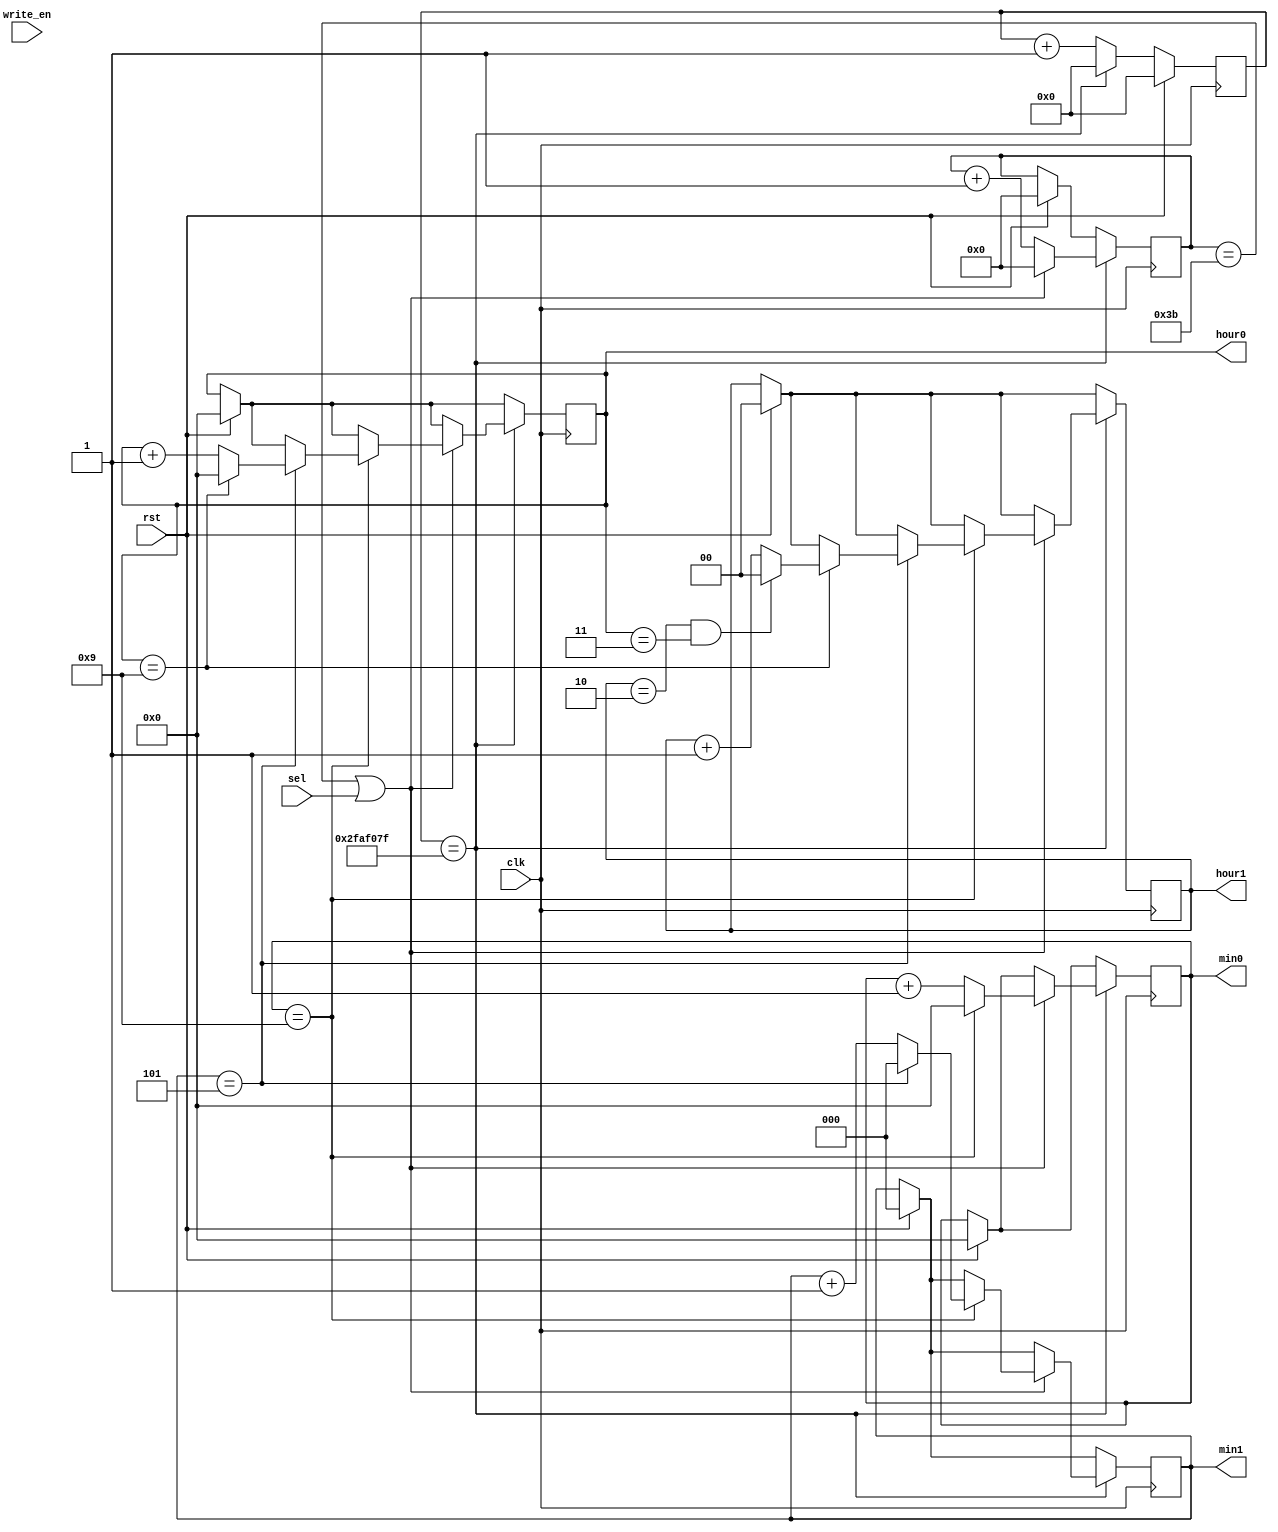
`timescale 1ns / 1ps
//`include "xdefs.vh"


// 1 clock = 20ns
// 1 second = 50000000 clocks

module timer(
        input rst,
        input clk,
        //display interface
        output reg [1:0] hour1,
        output reg [3:0] hour0,
        output reg [2:0] min1,
        output reg [3:0] min0,
       //cpu interface
        input sel,
       /* input [3:0] data_in,
        output [3:0] data_out,
        input  address,*/
        input write_en
);

reg [25:0] c;
reg [5:0] s;


always @(posedge clk) begin
	if (rst) begin
		s <= 0;
		min0 <= 0;
		min1<= 0;
		hour0<= 0;
		hour1<= 0;
		c <= 0;
	end 
	else begin
		if(c == 50000000 - 1) begin //50000000
			c <= 0;
		end
      else begin
			c <=  c + 1;
      end
	end

	if(c==50000000-1) begin
		s <= s + 1;
		if(s == 59 || sel) begin
			s<= 0;
			min0 <= min0 + 1;
			if(min0==9) begin
				min0<=0;
				min1<=min1+1;
				if(min1==5) begin
					min1<=0;
					hour0<=hour0 + 1;
					if(hour0 == 9) begin
						hour0 <=0;
						hour1 <= hour1 + 1;
						if(hour1==2 && hour0==3) begin
							hour0<=0;
							hour1<=0;
						end
					end
				end
			end
		end
	end

/*
	if (c == 20 - 1) begin //50000000
		s <= s + 1;
		if (s == 59) begin
			s <= 0;
      end
	end

	if ( s == 59) begin
		min0 <= min0 + 1;
		if ( min0 == 9) begin
			min0 <= 0;
        	min1 <= min1 + 1;
			if (min1 == 5) begin
				min1 <= 0;
			end
		end
	end

	if (min1==5 && min0==9) begin
		hour0 <= hour0 + 1;
		if ( hour0 == 9) begin
			hour0 <= 0;
			hour1 <= hour1 + 1;
			if(hour1 == 2 && hour0 == 3)begin
				hour0 <= 0;
				hour1 <= 0;
			end
		end    
	end*/
/*
	if(address == MIN0)
		data_out <= min0;
	if(address == MIN1)
      	data_out <= {0,min1};
	if(address == HOUR0)
      	data_out <= hour0; 
	if(address == HOUR1)
       	data_out <= {0,0,hour1};

    if(write_en & sel) begin
        if(address == MIN0)
            min0 <= data_in;
		if(address == MIN1)
            min1 <= data_in;
		if(address == HOUR0)
            hour0 <= data_in; 
		if(address == HOUR1)
            hour1 <= data_in;
    end
*/
end
endmodule